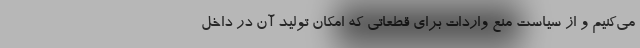
می‌کنیم و از سیاست منع واردات برای قطعاتی که امکان تولید آن در داخل